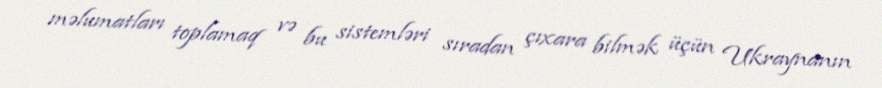
məlumatları toplamaq və bu sistemləri sıradan çıxara bilmək üçün Ukraynanın